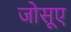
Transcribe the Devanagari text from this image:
जोसूए